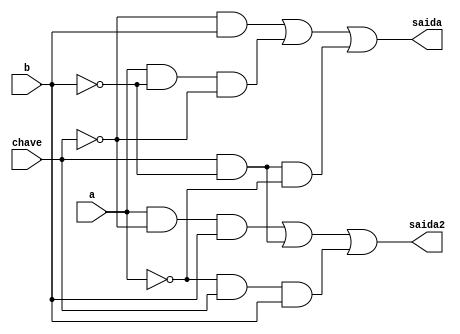
// -------------------------
// Exemplo0033 - F4
// Nome: Gabriel Benjamim de Carvalho
// -------------------------
// -------------------------
// f4_gate
// -------------------------

module f4 (output saida,output saida2,input chave,input a,input  b);
// descrever por portas
wire s0, s1, s2, s3, s4, s5;

and AND1 (s0, ~chave, b);
and AND2 (s1, a, ~b, ~chave);
and AND3 (s2, ~b, chave, ~a);

or OR1 (saida, s0, s1, s2);

and AND4 (s3, a, ~chave, b);
and AND5 (s4, chave, ~b);
and AND6 (s5, ~a, chave, b);

or OR2 (saida2, s3, s4, s5);

endmodule // f4

module test_f4;
// ------------------------- definir dados
reg x;
reg y;
reg chave;
wire z; wire k;
f4 modulo (z, k, chave, x, y);
// ------------------------- parte principal

initial begin
$display("Exemplo0033 - Gabriel Benjamim de Carvalho - 396690");
$display("Test LU's module");
x = 1'b0; y = 1'b0; chave=1'b0;
// projetar testes do modulo
#1 $display("chave, x y -> Resultado");
#1 $display("%3b %3b %3b 	%3b %3b",chave,x,y,z,k);
x = 1'b0; y = 1'b1; chave=1'b0;
#1 $display("%3b %3b %3b 	%3b %3b",chave,x,y,z,k);
x = 1'b1; y = 1'b0; chave=1'b0;
#1 $display("%3b %3b %3b 	%3b %3b",chave,x,y,z,k);
x = 1'b1; y = 1'b1; chave=1'b0;
#1 $display("%3b %3b %3b 	%3b %3b",chave,x,y,z,k);
x = 1'b0; y = 1'b0; chave=1'b1;
#1 $display("%3b %3b %3b 	%3b %3b",chave,x,y,z,k);
x = 1'b0; y = 1'b1; chave=1'b1;
#1 $display("%3b %3b %3b 	%3b %3b",chave,x,y,z,k);
x = 1'b1; y = 1'b0; chave=1'b1;
#1 $display("%3b %3b %3b 	%3b %3b",chave,x,y,z,k);
x = 1'b1; y = 1'b1; chave=1'b1;
#1 $display("%3b %3b %3b 	%3b %3b",chave,x,y,z,k);
end
endmodule // test_f4
				//  or and
//	c	    a   b   s0  s1 s2 s3  r
	// 0		0   0   0   0   1  1  1
	// 0		0   1	1	0	0  1  1
	// 0		1	0	1	0	0  1  1
	// 0		1	1	1	1	0  0  1
	// 1		0   0   1	1	1  1  0
	// 1		0   1	0	1   0  1  0
	// 1		1	0	0	1	0  1  0
	// 1		1	1	0	0   0  0  0

	// s0 = !c!ab + !ca!b + !cab + c!a!b
	// s0 = !cb + !ca!b + c!a!b
	
	// s1 = !cab + c!a!b + c!ab + ca!b
	// s1 = !cab + c!b + c!ab

        // OBS.: EXPERIMENTE USAR $monitor()